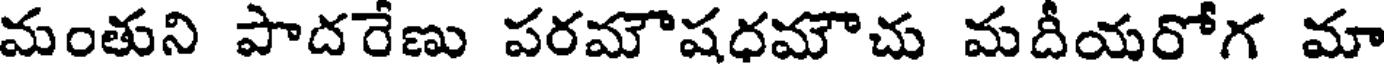
మంతుని పాదరేణు పరమౌషధమౌచు మదీయరోగ మా